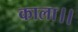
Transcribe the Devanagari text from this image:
काला।।